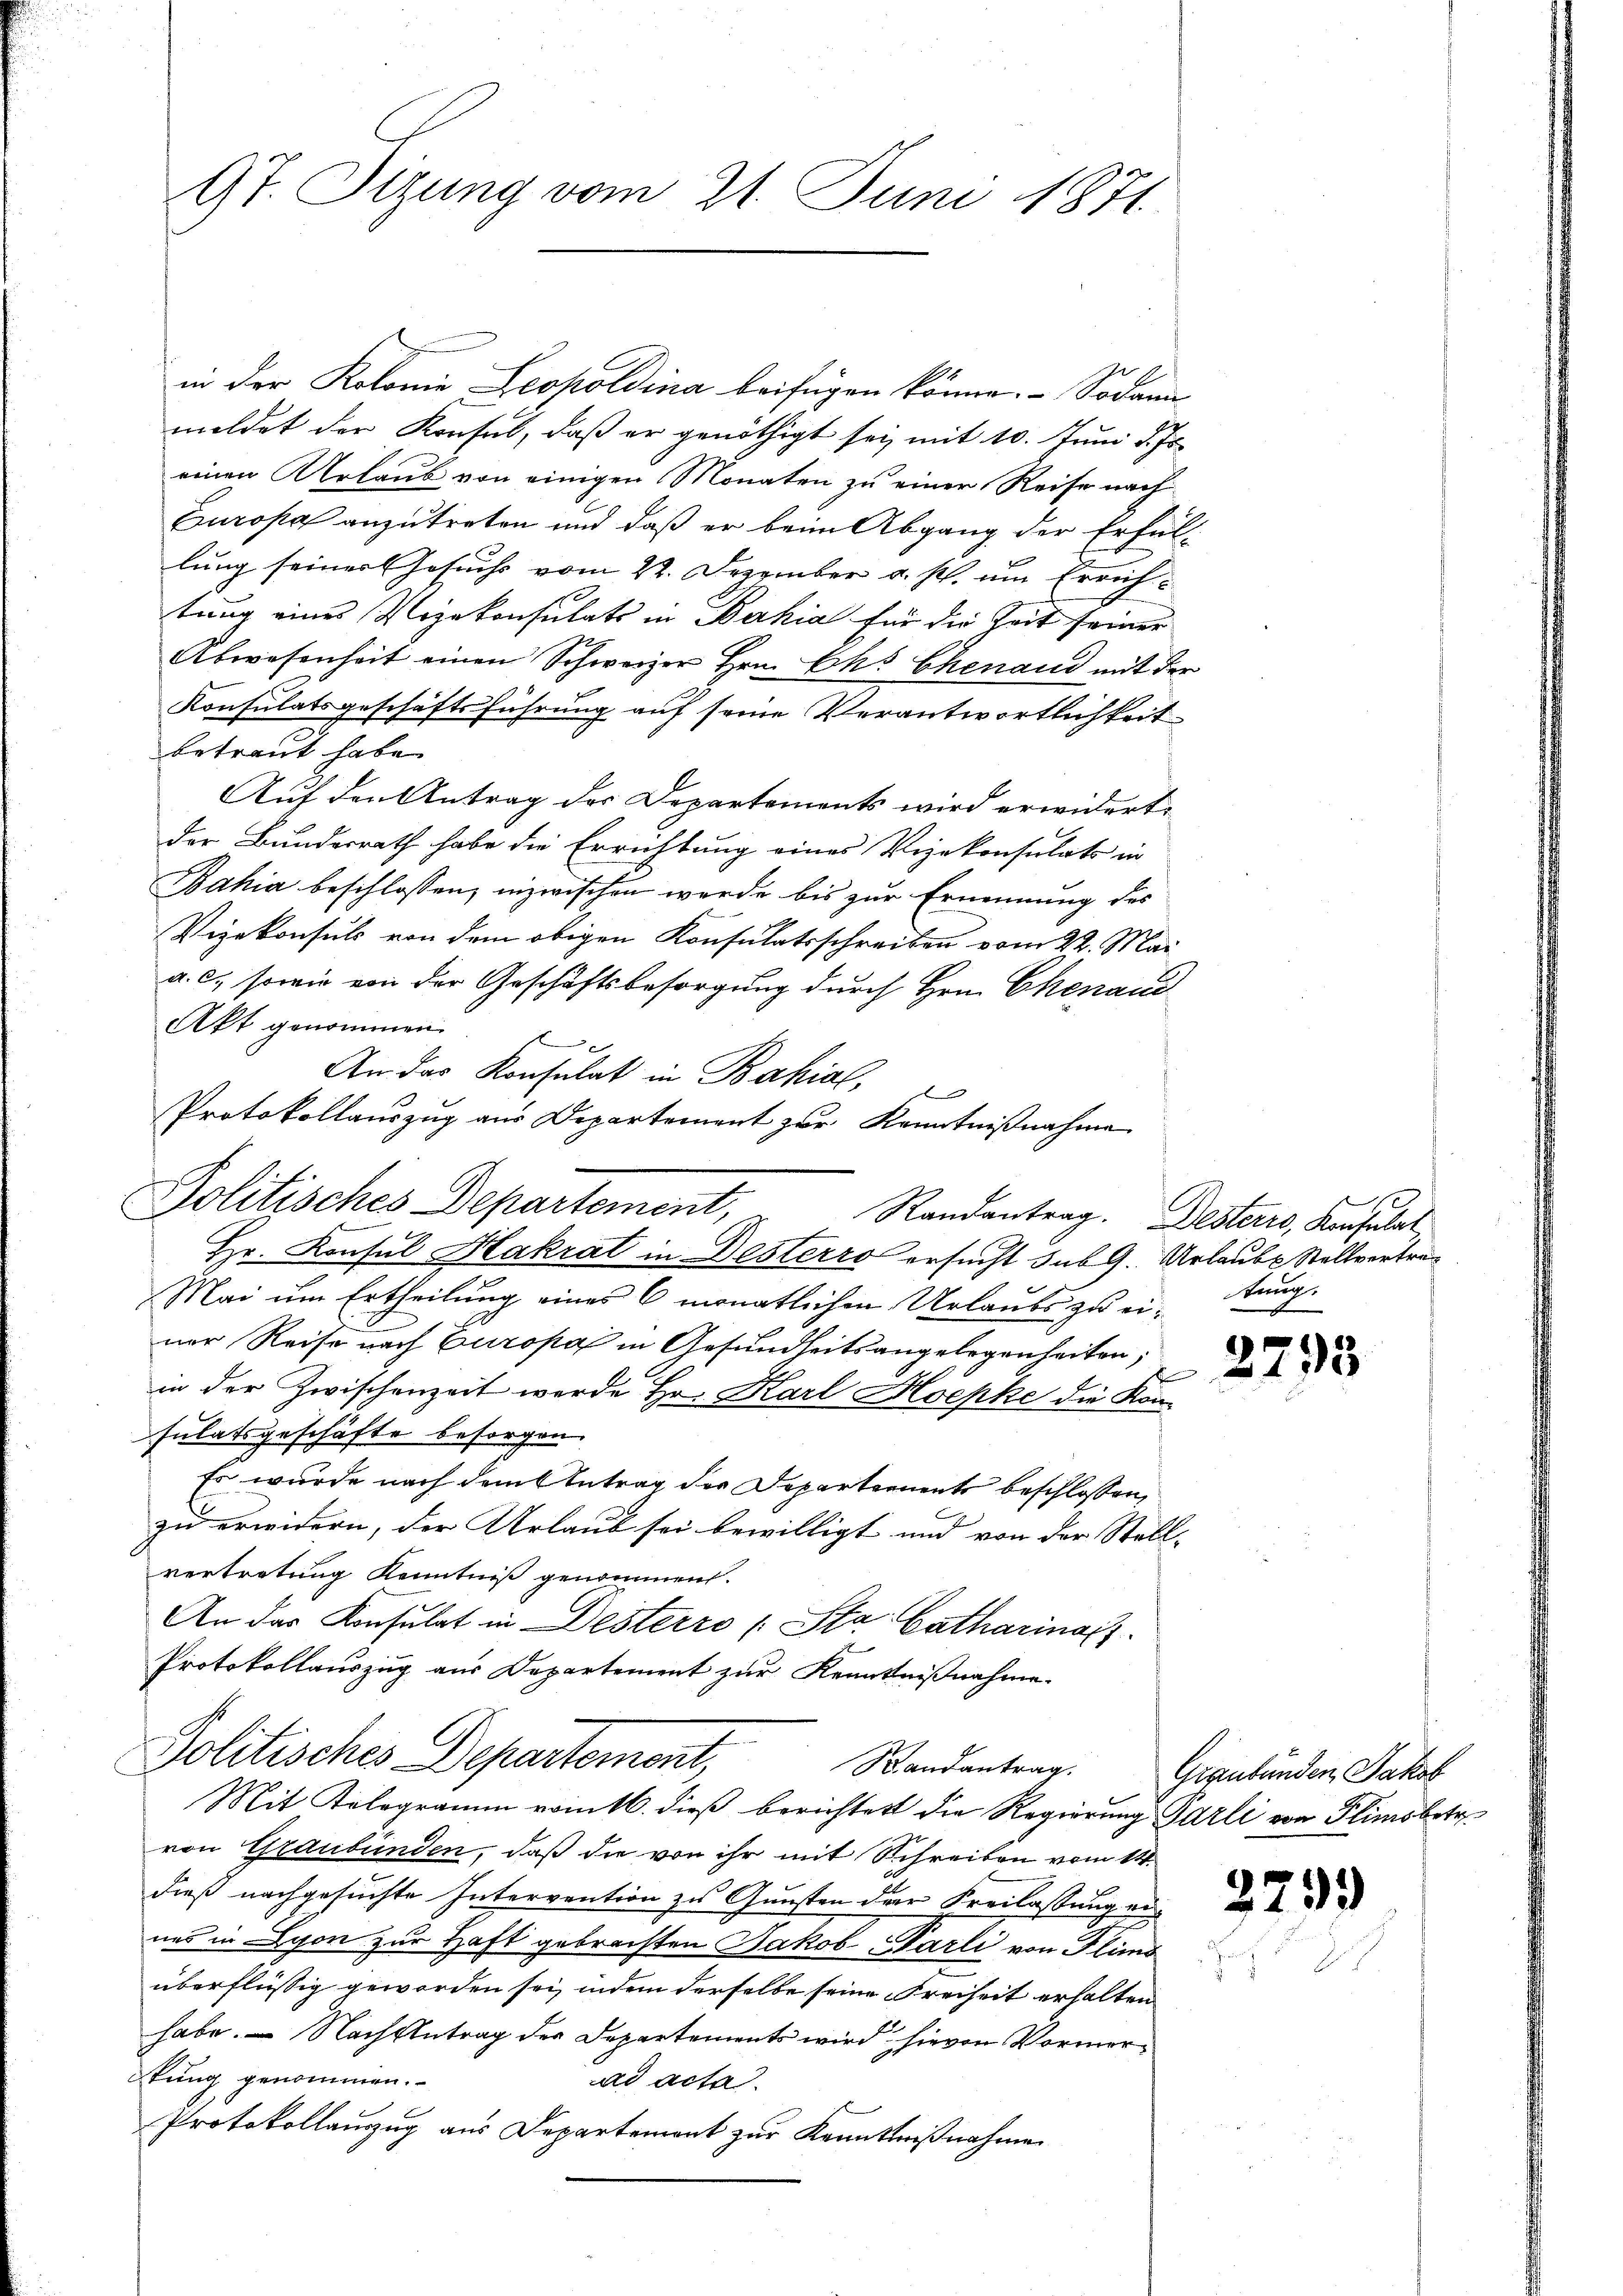
Gt. Tizung vom 21. Juni 1871.

in der Kolonie Leopoldina beifügen könne. Sodann
meldet der Konsul, daß er genöthigt sei, mit 10. Juni d. Js.
einen Urlaub von einigen Monaten zu einer Reise nach
Europa anzutreten und daß er beim Abgang der Erfüllung seiner Gesuchs vom 22. Dezember a. p. um Errichtung eines Vizekonsulats in Bahia für die Zeit seiner
Abwesenheit einen Schweizer Hrn. Chs Chenaud mit der
Konsulatsgeschäftsführung auf seine Verantwortlichkeit
betraut habe.
Auf den Antrag der Departements wird erwidert.
der Bundesrath habe die Errichtung eines Vizekonsulats in
Bahia beschlossen, inzwischen werde bis zur Ernennung des
Vizekonsuls von dem obigen Konsulatsschreiben vom 22. Mai
a. c., sowie von der Geschäftsbesorgung durch Hrn. Chenaue
Akt genommen.

An das Konsulat in Bahial,
Hr. Konsul Hakrat in Desterro ersucht sub 9. Urlaube Stellvertra¬
Mai um Ertheilung eines 6 monatlichen Urlaubs zu einer Reise nach Europa in Gesundheitsangelegenheiten,
in der Zwischenzeit werde Hr. Karl Hoepke die Kon-
sulatsgeschäfte besorgen
Es wurde nach dem Antrag der Departements beschlossen,
zu erwidern, der Urlaub sei bewilligt und von der Stell- |
vertretung Kenntniß genommen.
An das Konsulat in Desterro (Sta Catharina
Protokollauszug aus Departement zur Kenntnißnahme.
Politisches Departement,
Randantrag.
Mit Kologramm vom 16. dieβ berichtet die Regierung Parli von Flimobetr
von Graubünden, daß die von ihr mit Schreiben vom 14.
t
dieß nachgesuchte Intervention zu Gunsten der Freilassung ein
nes in Lyon zur Haft gebrachten Jakob Harli von Flims
überflüssig geworden sei, indem derselbe seine Freiheit erhalten
habe. — Nach Antrag der Departements wird hievon Vormerkung genommen.
ad acta.
Protokollauszug aus Departemont zur Kenntnißnahme

Protokollauszug aus Departement zur Kenntnißnahme
f
Politisches Departement,

Randantrag. Desterro, Konsulat

tung.

2795

Graubünden Jakob

25

53